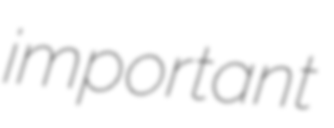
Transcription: important